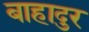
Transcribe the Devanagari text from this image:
बाहादुर